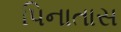
પિનાતાસ